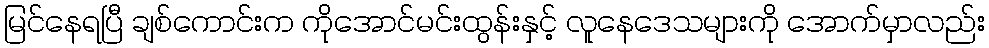
မြင်နေရပြီ ချစ်ကောင်းက ကိုအောင်မင်းထွန်းနှင့် လူနေဒေသများကို အောက်မှာလည်း